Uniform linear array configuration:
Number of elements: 4
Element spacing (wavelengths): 0.25
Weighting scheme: binomial
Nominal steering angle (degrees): -15
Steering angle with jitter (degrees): -16.705
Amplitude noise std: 0.05
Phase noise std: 0.05

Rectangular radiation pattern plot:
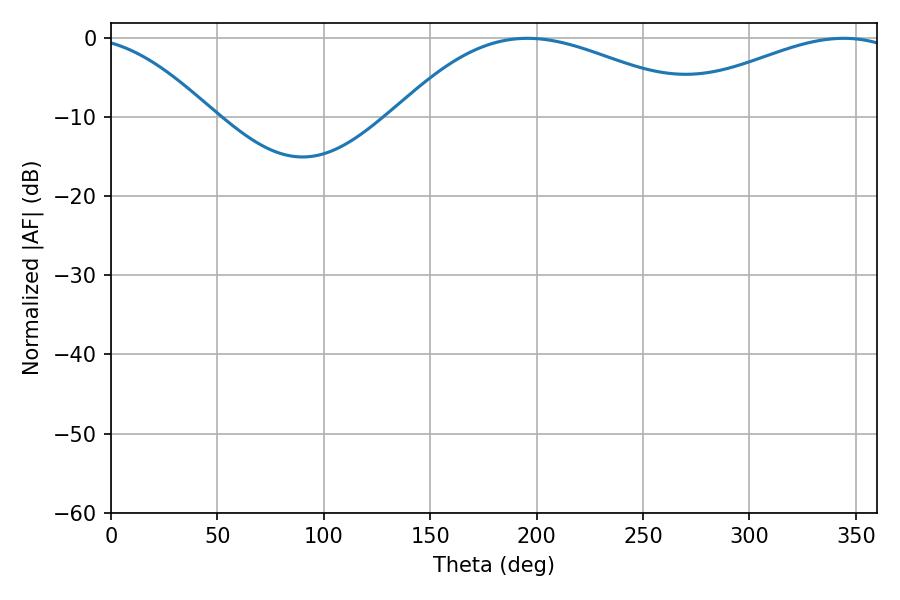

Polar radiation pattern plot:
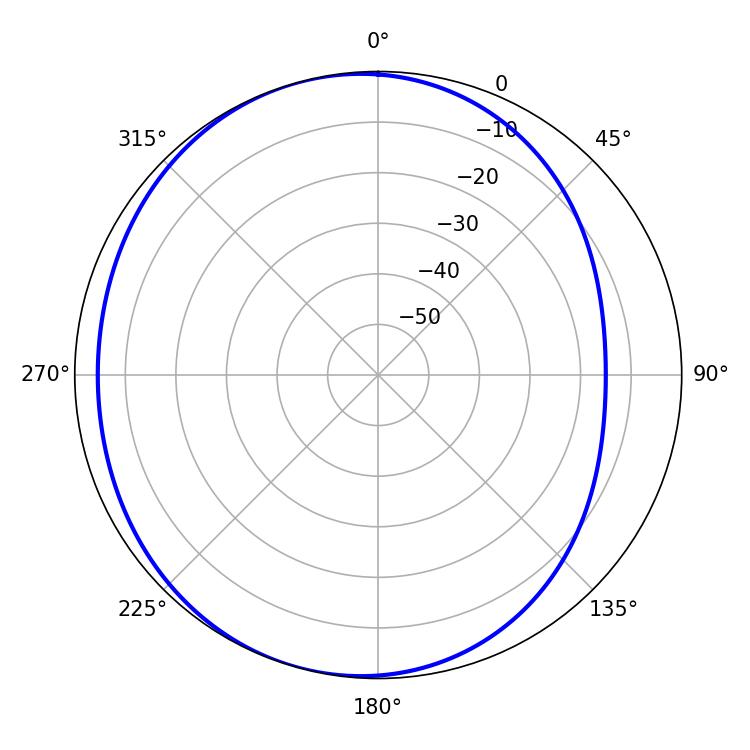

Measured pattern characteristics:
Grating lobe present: FALSE
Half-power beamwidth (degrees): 79.92
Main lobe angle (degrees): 195.66